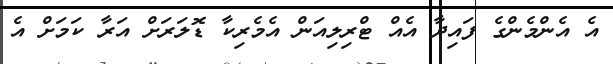
އެ އެންމެންގެ ފައިދާ އެއް ޓްރިލިއަން އެމެރިކާ ޑޮލަރަށް އަރާ ކަމަށް އެ